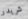
شريدر